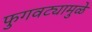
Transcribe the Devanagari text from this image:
फुगवट्यामुळे